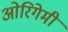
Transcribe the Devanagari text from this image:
ओरिगेमी